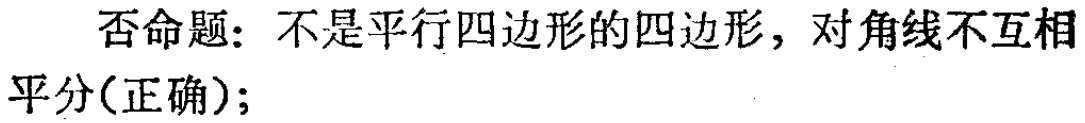
否命题：不是平行四边形的四边形，对角线不互相平分(正确)；